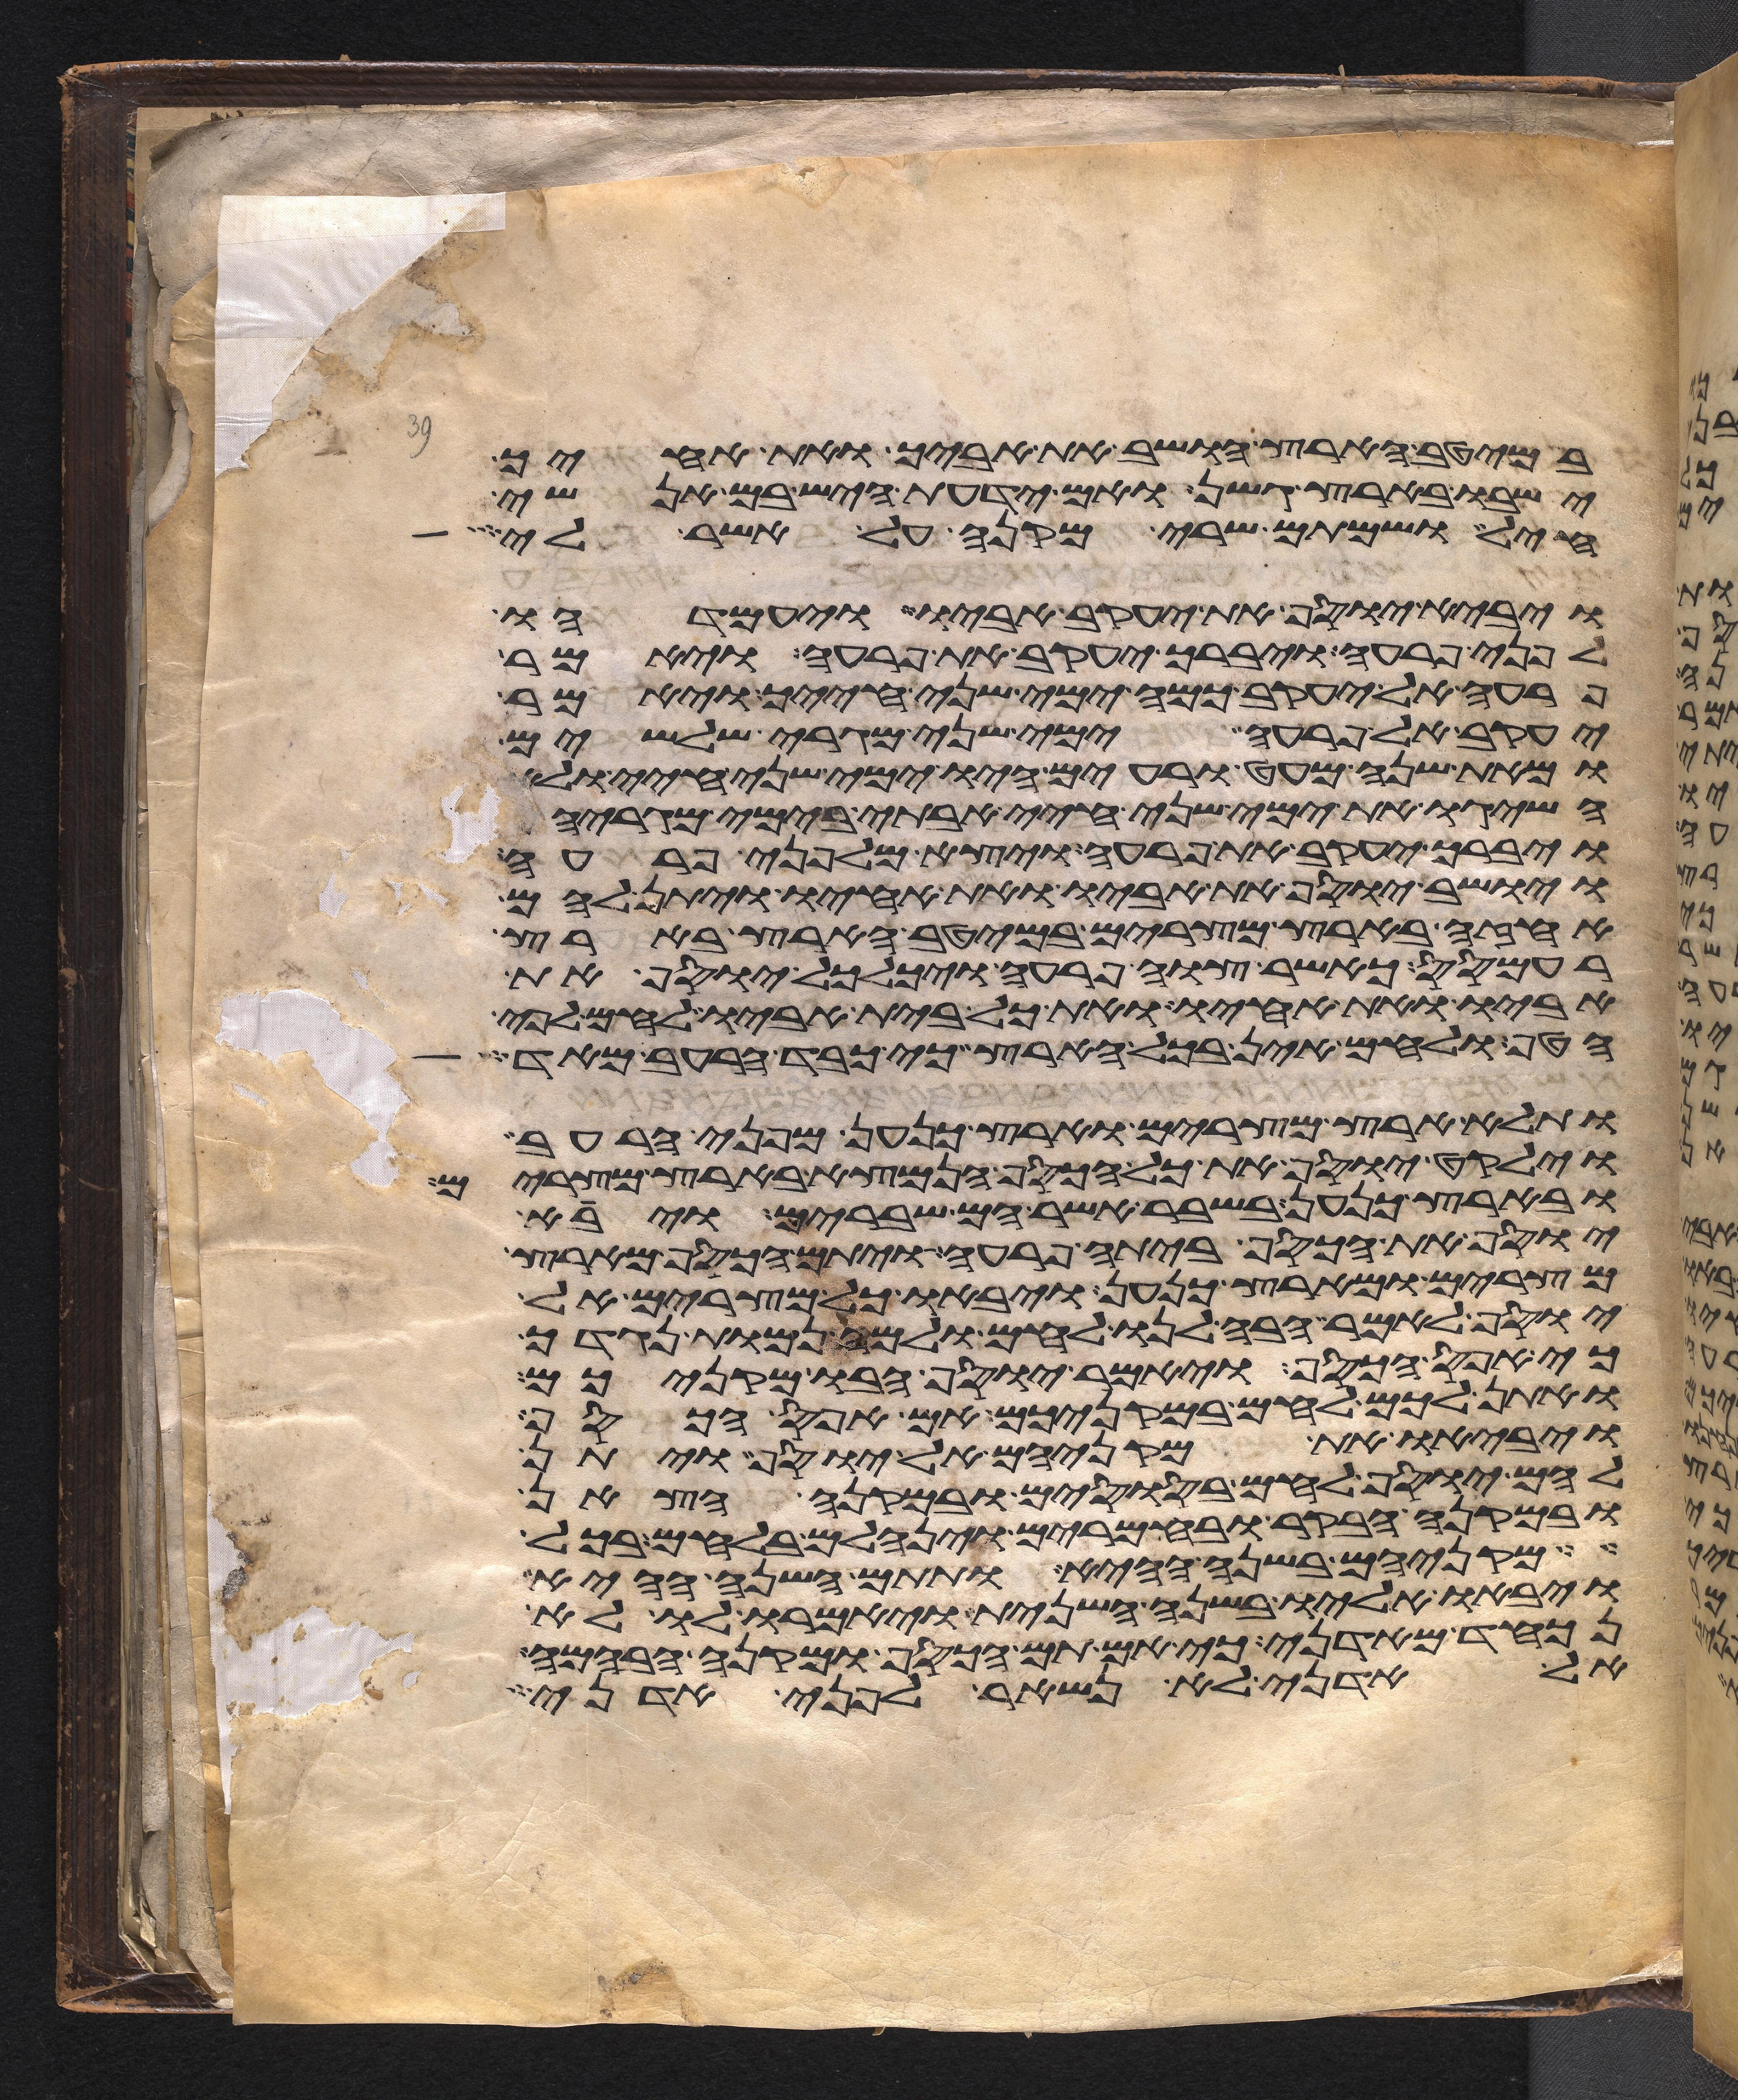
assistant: במיטב הארץ הושב את אביך ואת אחיך
ישבו בארץ גשן ואם ידעת היש בם אנשי
חיל ושמתם שרי מקנה על אשר לי
ויבא יוסף את יעקב אביו ויעמדהו
לפני פרעה ויברך יעקב את פרעה ויאמר
פרעה אל יעקב כמה ימי שני חייך ויאמר
יעקב אל פרעה ימי שני מגרי שלשים
ומאת שנה מעט ורעים היו ימי שני חיי ולא
השיגו את ימי שני חיי אבותי בימי מגריהם
ויברך יעקב את פרעה ויצא מלפני פרעה
ויושב יוסף את אביו ואת אחיו ויתן להם
אחזה בארץ מצרים במיטב הארץ בארץ
רעמסס כאשר צוה פרעה ויכלכל יוסף את
אביו ואת אחיו ואת כל בית אביו לחם לפי
הטף ולחם אין בכל הארץ כי כבד הרעב מאד
ותלא ארץ מצרים וארץ כנען מפני הרעב
וילקט יוסף את כל הכסף הנמצא בארץ מצרים
ובארץ כנען בשבר אשר הם שברים ויבא
יוסף את הכסף ביתה פרעה ויתם הכסף מארץ
מצרים ומארץ כנען ויבאו כל מצרים אל
יוסף לאמר הבה לנו לחם ולמה נמות נגדך
כי אפס הכסף ויאמר יוסף הבו מקניכם
ואתן לכם לחם במקניכם אם אפס הכסף
ויביאו את מקניהם אל יוסף ויתן
להם יוסף לחם בסוסים ובמקנה הצאן
ובמקנה הבקר ובחמרים וינחלם בלחם בכל
מקניהם בשנה ההיא ותתם השנה ההיא
ויבאו אליו בשנה השנית ויאמרו לו לא
נכחד מאדני כי אם תם הכסף ומקנה הבהמה
אל אדני לא נשאר לפני אדני